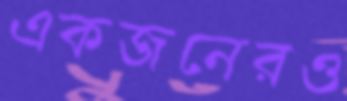
একজনেরও